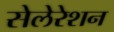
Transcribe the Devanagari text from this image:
सेलेरेशन